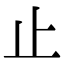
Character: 止